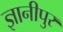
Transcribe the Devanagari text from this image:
ज्ञानीपुर